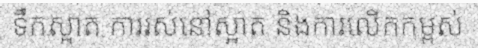
ទឹកស្អាត ការរស់នៅស្អាត និងការលើកកម្ពស់